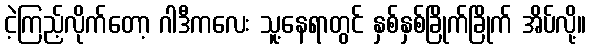
ငဲ့ကြည့်လိုက်တော့ ဂါဒီကလေး သူ့နေရာတွင် နှစ်နှစ်ခြိုက်ခြိုက် အိပ်လို့။